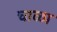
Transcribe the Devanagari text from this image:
चाळा